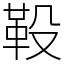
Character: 䩔